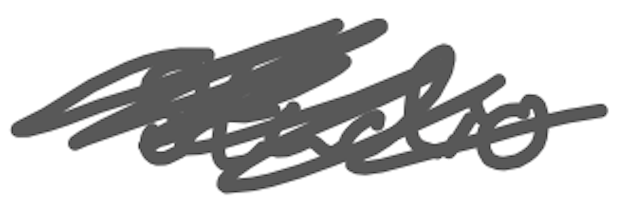
Text: studio
Cross-out: scratch
Writing tool: digital_gray